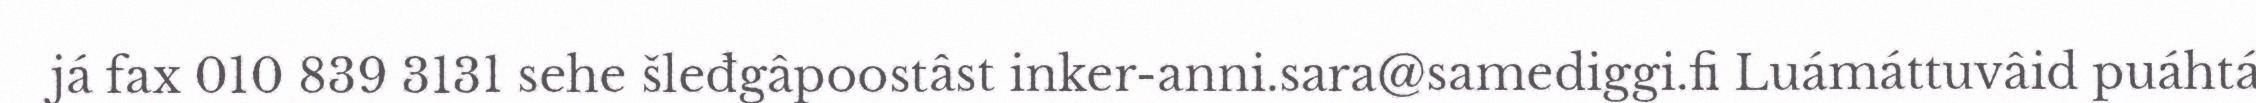
já fax 010 839 3131 sehe šleđgâpoostâst inker-anni.sara@samediggi.fi Luámáttuvâid puáhtá